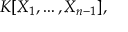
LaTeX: K [ X _ { 1 } , \ldots , X _ { n - 1 } ] ,